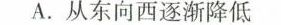
A.从东向西逐渐降低